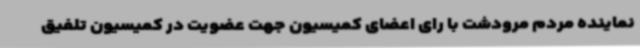
نماینده مردم مرودشت با رای اعضای کمیسیون جهت عضویت در کمیسیون تلفیق